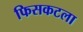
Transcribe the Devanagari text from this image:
फिसकटला